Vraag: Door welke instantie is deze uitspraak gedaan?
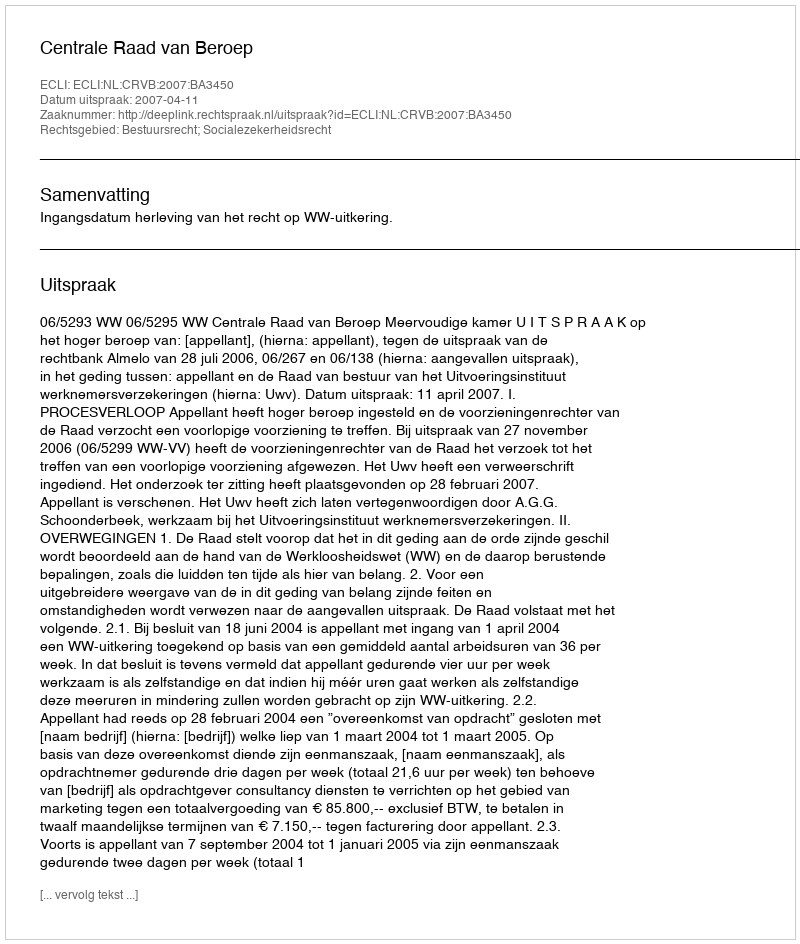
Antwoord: Centrale Raad van Beroep